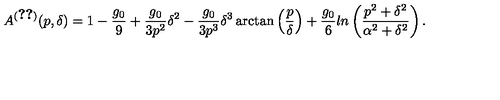
A ^ { ( \ref { s d i r } ) } ( p , \delta ) = 1 - \frac { g _ { 0 } } { 9 } + \frac { g _ { 0 } } { 3 p ^ { 2 } } \delta ^ { 2 } - \frac { g _ { 0 } } { 3 p ^ { 3 } } \delta ^ { 3 } \arctan \left( \frac { p } { \delta } \right) + \frac { g _ { 0 } } { 6 } l n \left( \frac { p ^ { 2 } + \delta ^ { 2 } } { \alpha ^ { 2 } + \delta ^ { 2 } } \right) .